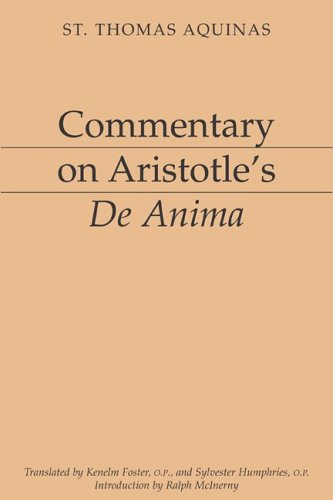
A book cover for Commentary on Aristotle's De Anima [Aristotelian Commentary Series]; Saint Thomas Aquinas; Politics & Social Sciences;